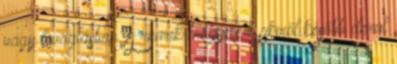
vagy lovaglásban. A remek magyar - akiről később derül